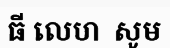
ធី លេហ  សូម